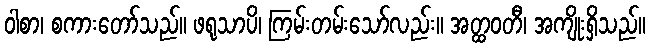
ဝါစာ၊ စကားတော်သည်။ ဖရုသာပိ၊ ကြမ်းတမ်းသော်လည်း။ အတ္ထဝတီ၊ အကျိုးရှိသည်။